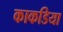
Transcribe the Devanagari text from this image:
काकडिया